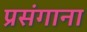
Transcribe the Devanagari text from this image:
प्रसंगाना